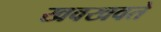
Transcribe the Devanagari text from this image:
खवखवते